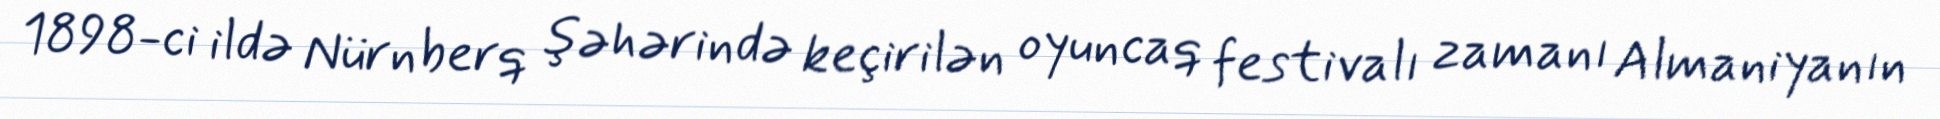
1898-ci ildə Nürnberq şəhərində keçirilən oyuncaq festivalı zamanı Almaniyanın